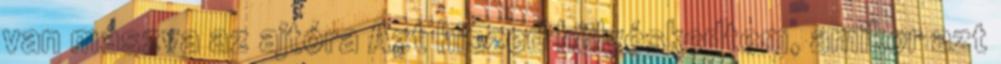
van mászva az ajtóra Azt hiszed hülyéskedtem, amikor azt